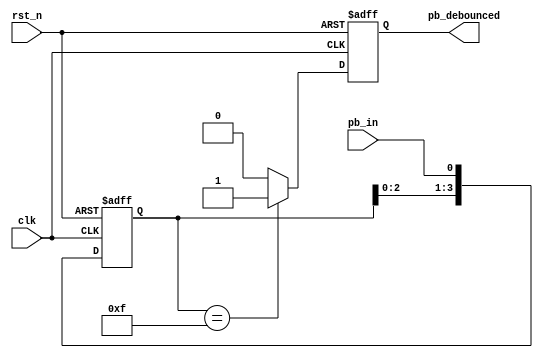
`timescale 1ns / 1ps
//////////////////////////////////////////////////////////////////////////////////
// Company: 
// Engineer: 
// 
// Design Name: 
// Module Name: debounce_circuit
// Project Name: 
// Target Devices: 
// Tool Versions: 
// Description: 
// 
// Dependencies: 
// 
// Revision:
// Revision 0.01 - File Created
// Additional Comments:
// 
//////////////////////////////////////////////////////////////////////////////////


module debounce_circuit(
    clk,    //global clock
    rst_n,  //negative edge reset
    pb_in,  //push botton input
    pb_debounced    //debounced push botton output
);

//declare the I/Os
input clk;
input rst_n;
input pb_in;
output pb_debounced;
reg pb_debounced;

//declare the internal nodes
reg [3:0] debounce_window;
reg pb_debounced_next;

//Shift register
always @(posedge clk or negedge rst_n)
    if (~rst_n)
        debounce_window <= 4'd0;
    else
        debounce_window <= {debounce_window[2:0], pb_in};

//debounce circuit
always @*
    if (debounce_window == 4'b1111)
        pb_debounced_next <= 1'b1;
    else
        pb_debounced_next <= 1'b0;
        
always @(posedge clk or negedge rst_n)
    if (~rst_n)
        pb_debounced <= 1'b0;
    else
        pb_debounced <= pb_debounced_next;

endmodule